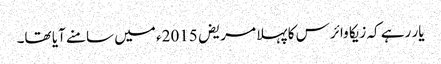
یار رہے کہ زیکا وائرس کا پہلا مریض 2015ء میں سامنے آیا تھا۔